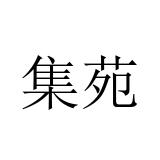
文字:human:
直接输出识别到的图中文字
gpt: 集苑